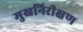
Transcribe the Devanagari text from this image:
मुखनिरीक्षण